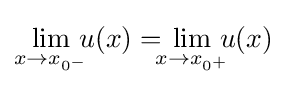
\lim _{x\rightarrow x_{0^{-}}}\!\!\!u(x)=\!\!\!\lim _{x\rightarrow x_{0^{+}}}\!\!\!u(x)